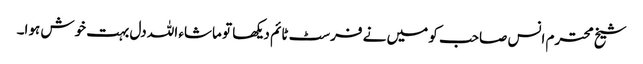
شیخ محترم انس صاحب کو میں نے فرسٹ ٹائم دیکھا تو ماشاء اللہ دل بہت خوش ہوا۔